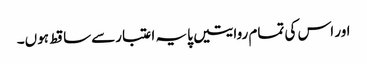
اور اس کی تمام روایتیں پایہ اعتبارسےساقط ہوں۔